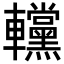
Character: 𨏻